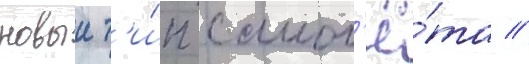
новыи т'и́п самол'ё́та //